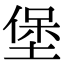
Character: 堡